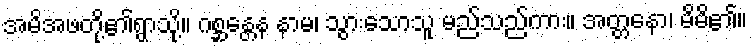
အမိအဖတို့၏ရွာသို့။ ဂစ္ဆန္တေန နာမ၊ သွားသောသူ မည်သည်ကား။ အတ္တနော၊ မိမိ၏။